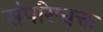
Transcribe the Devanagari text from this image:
संपरिष्वक्त